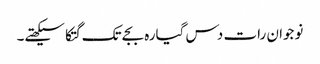
نوجوان رات دس گیارہ بجے تک گتکا سیکھتے۔